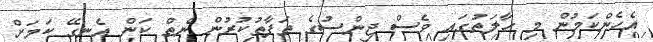
އެހެންކަމުން މި ހާލަތުގައި ވެސް ޖިންސުގެ ތަފާތުކުރުން ނެތް ކަން އެނގޭ ކަމަށް